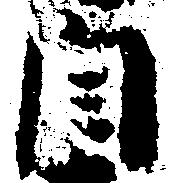
自